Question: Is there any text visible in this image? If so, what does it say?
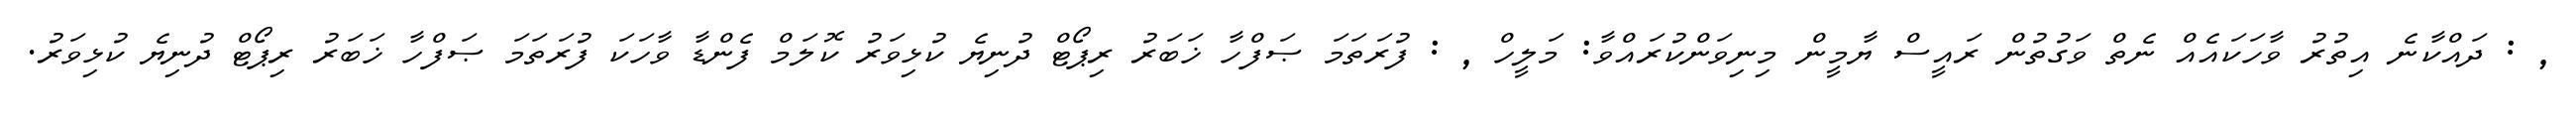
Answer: , : ދައްކާނެ އިތުރު ވާހަކައެއް ނެތް ވަގުތުން ރައީސް ޔާމީން މިނިވަންކުރައްވާ: މަލީހް , : ފުރަތަމަ ޞަފްހާ ޚަބަރު ރިޕޯޓް ދުނިޔެ ކުޅިވަރު ކޮލަމް ފެންޑާ ވާހަކަ ފުރަތަމަ ޞަފްހާ ޚަބަރު ރިޕޯޓް ދުނިޔެ ކުޅިވަރު.